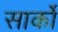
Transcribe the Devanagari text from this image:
सार्को